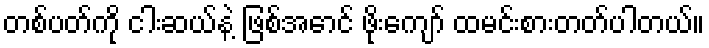
တစ်ပတ်ကို ငါးဆယ်နဲ့ ဖြစ်အောင် ဖိုးကျော် ထမင်းစားတတ်ပါတယ်။